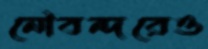
নৌবন্দরেও